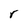
Character: r